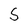
Character: S